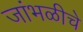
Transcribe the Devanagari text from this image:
जांभळीचे